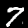
Label: 7